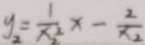
y _ { 2 } = \frac { 1 } { x ^ { 2 } } x - \frac { 2 } { x _ { 2 } }